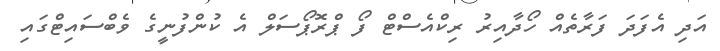
އަދި އެފަދަ ފަރާތެއް ހޯދާއިރު ރިކްއެސްޓް ފޯ ޕްރޮޕޯސަލް އެ ކުންފުނީގެ ވެބްސައިޓްގައި